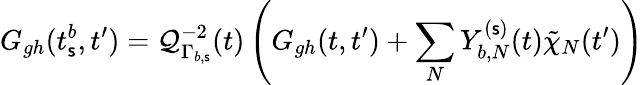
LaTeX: G_{gh}(t_{\mathsf{s}}^{b},t^{\prime})=\mathcal{Q}_{\Gamma_{b,\mathsf{s}}}^{-2}(t)\left(G_{gh}(t,t^{\prime})+\sum_{N}Y_{b,N}^{(\mathsf{s})}(t)\tilde{{\chi}}_{N}(t^{\prime})\right)